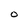
Character: o